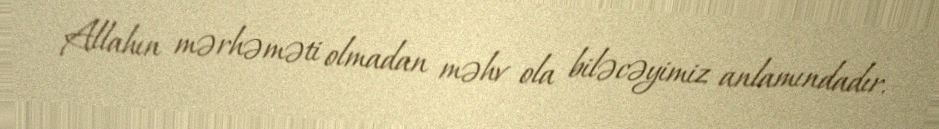
Allahın mərhəməti olmadan məhv ola biləcəyimiz anlamındadır.